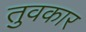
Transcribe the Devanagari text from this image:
तुवकार